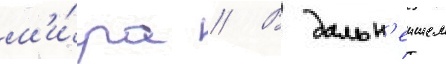
м'и́ра // В дальн'еишем